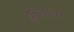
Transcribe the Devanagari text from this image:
द्युतशाला